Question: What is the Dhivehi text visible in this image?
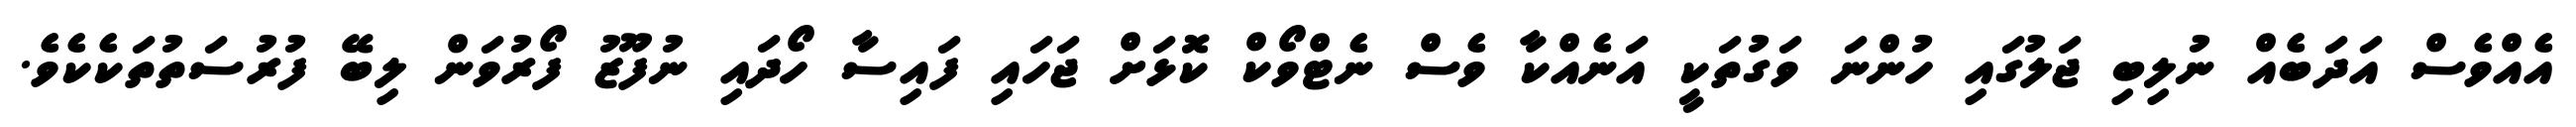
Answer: އެއްވެސް އަދަބެއް ނުލިބި ޖަލުގައި ހުންނަ ވަގުތަކީ އަނެއްކާ ވެސް ނެޓްވޯކް ކޮޅަށް ޖަހައި ފައިސާ ހޯދައި ނުފޫޒު ފޯރުވަން ލިބޭ ފުރުސަތުތަކެކެވެ.